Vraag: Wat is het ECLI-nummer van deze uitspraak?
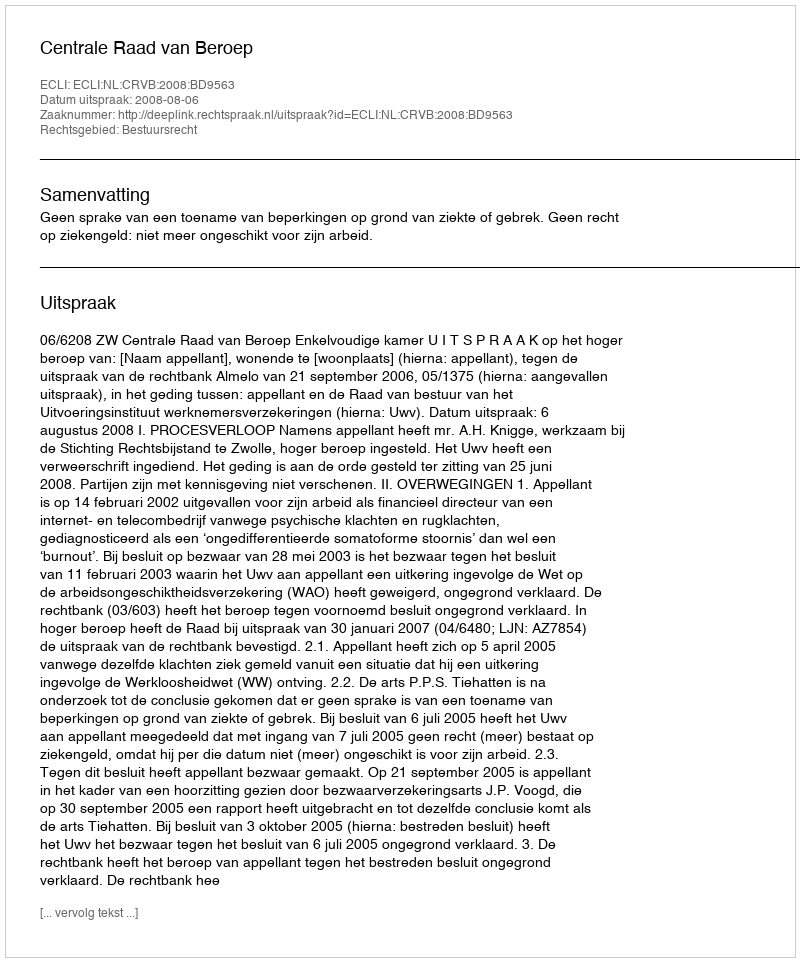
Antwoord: ECLI:NL:CRVB:2008:BD9563